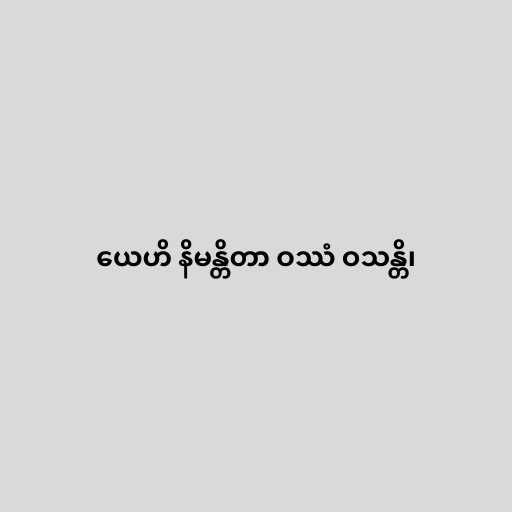
ယေဟိ နိမန္တိတာ ဝဿံ ဝသန္တိ၊